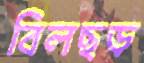
বিলছড়